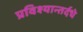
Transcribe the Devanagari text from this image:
प्रविश्यान्तर्दधे